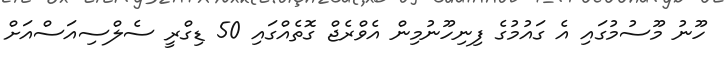
ހޫނު މޫސުމުގައި އެ ގައުމުގެ ފިނިހޫނުމިން އެވްރެޖް ގޮތެއްގައި 50 ޑިގްރީ ސެލްސިއަސްއަށް